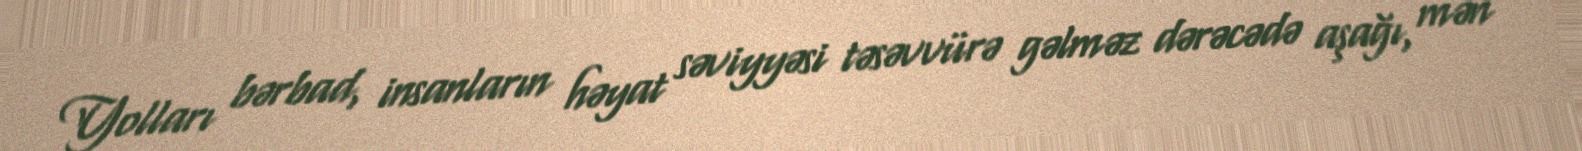
Yolları bərbad, insanların həyat səviyyəsi təsəvvürə gəlməz dərəcədə aşağı, mən